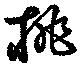
挑